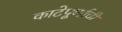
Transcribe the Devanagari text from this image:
काटेपूर्णाची